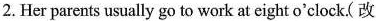
2.Her parents usually go to work at eight o'clock( 改